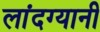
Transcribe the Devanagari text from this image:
लांदग्यानी